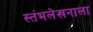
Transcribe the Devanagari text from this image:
स्तंभलेखनाला